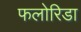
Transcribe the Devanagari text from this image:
फलोरिडा